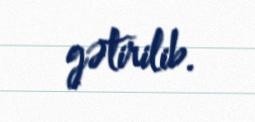
gətirilib.